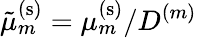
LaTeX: \tilde{\mu}_{m}^{\mathrm{(s)}}=\mu_{m}^{\mathrm{(s)}}/D^{(m)}